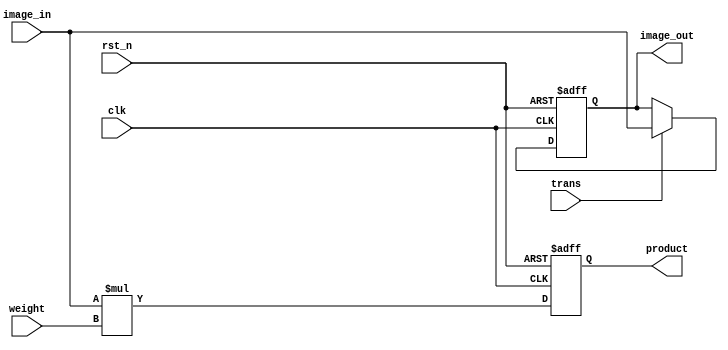
module pe3_8(
	input 							clk,
	input 							rst_n,
		
	input 			signed	[7:0]		image_in,
	input 			signed	[7:0]		weight,
	output 		reg	signed	[7:0]		product,
	output 		reg	signed	[7:0]		image_out,

	input						trans
);

always@(posedge clk or negedge rst_n)begin
	if(!rst_n)begin
		product <= 8'b0;
	end
	else begin
		product <= image_in * weight;
	end
end

always@(posedge clk or negedge rst_n)begin
	if(!rst_n)begin
		image_out <= 8'b0;
	end
	else if(trans)begin
		image_out <= image_in;
	end
	else begin
		image_out <= image_out;
	end
end

endmodule